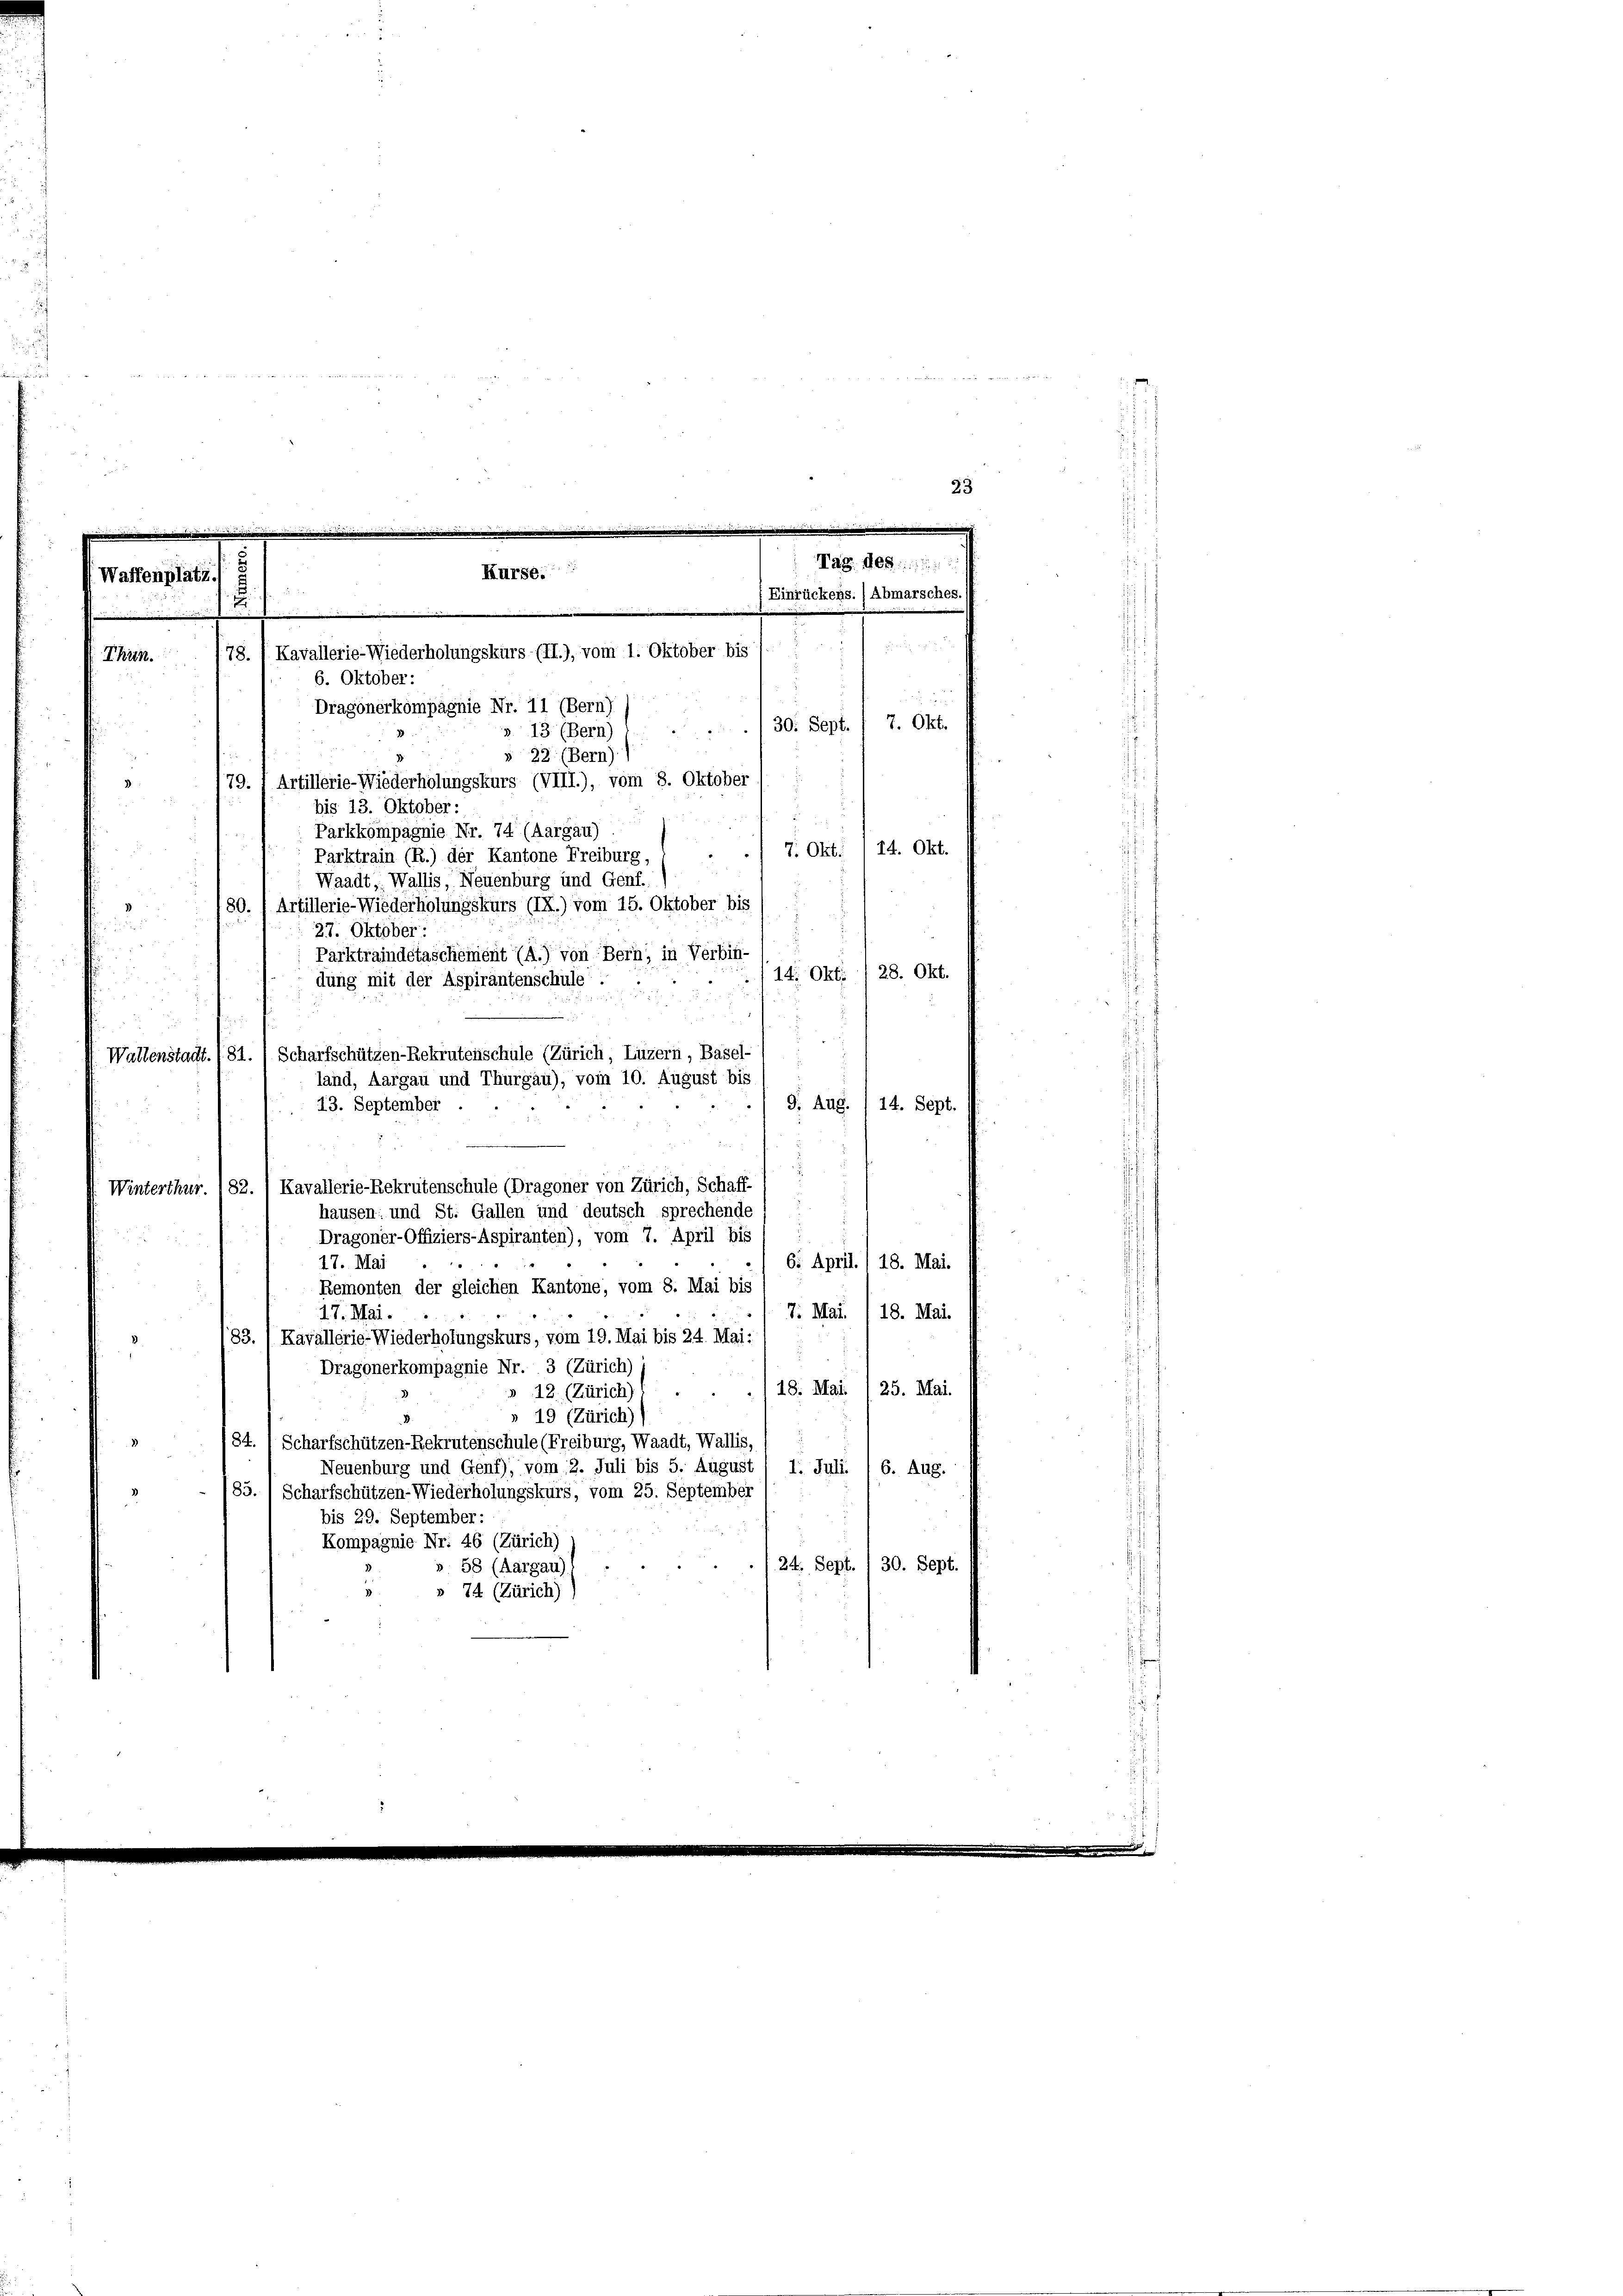
2

25
Dragonerkompagnie Nr. 11 (Bern)
7. Okt.
13 (Bern)
22 (Bern)
79. 1 Artillerie-Wiederholungskurs (VIII.), vom 8. Oktober
bis 13. Oktober:
Parkkompagnie Nr. 74 (Aargau)
14. Okt.
7. Okt.
Parktrain (R.) der Kantone Freiburg,
Waadt, Wallis, Neuenburg und Genf.
180. / Artillerie-Wiederholungskurs (IX.) vom 15. Oktober bis
d
27. Oktober:
Parktraindetaschement (A.) von Bern; in Verbin-
14. Okt. 28. Okt.
dung mit der Aspirantenschule..
Wallenstadt. /81.) Scharfschützen-Rekrutenschule (Zürich, Luzern, Basel-
land, Aargau und Thurgau), vom 10. August bis
13. September
9. Aug. / 14. Sept.
v
s
Winterthur. 82. 1 Kavallerie-Rekrutenschule (Dragoner von Zürich, Schaff-
.
hausen: und St. Gallen und deutsch sprechende
Dragoner-Offiziers-Aspiranten), vom 7. April bis
6. April.) 18. Mai.
17. Mai
Remonten der gleichen Kantone, vom 8. Mai bis
7. Mai. 118. Mai.
17. Mai.
83.) Kavallerie-Wiederholungskurs, vom 19. Mai bis 24. Mai:
d
Dragonerkompagnie Nr. 3 (Zürich)
18. Mai.
25. Mai.
12. (Zürich)
19 (Zürich)
84. Scharfschützen-Rekrutenschule (Freiburg, Waadt, Wallis, (
Neuenburg und Genf), vom 2. Juli bis 5. August
1. Juli 16. Aug.
185. 1 Scharfschützen-Wiederholungskurs, vom 25. September
bis 29. September:
Kompagnie Nr. 46 (Zürich)
24. Sept./30. Sept.
58 (Aargau)
» 74 (Zürich)

23
e
Tag. des
.
Kurse
Waffenplatz.

) Einrückens. (Abmarsches
.

e
78. 1 Kavallerie-Wiederholungskurs (II.), vom 1. Oktober bis
Thun.
6. Oktober:

/30. Sept.
2